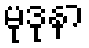
မုဒုနာ